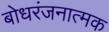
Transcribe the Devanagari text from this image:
बोधरंजनात्मक